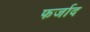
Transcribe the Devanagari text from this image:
फर्जाद